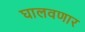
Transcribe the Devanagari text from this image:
घालवणार